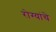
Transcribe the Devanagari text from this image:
रोग्यांचे